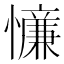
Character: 𪬸